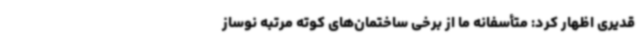
قدیری اظهار کرد: متأسفانه ما از برخی ساختمان‌های کوته مرتبه نوساز